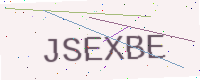
Text: JSEXBE